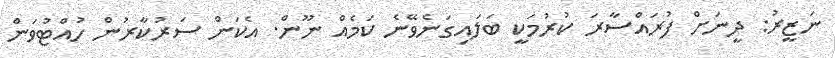
ނަޒީރު: ދީނަށް ފުރައްސާރަ ކުރުމަކީ ބަލައިގަނެވޭނެ ކަމެއް ނޫން. އެކަން ސަރުކާރުން ހުއްޓުވަން